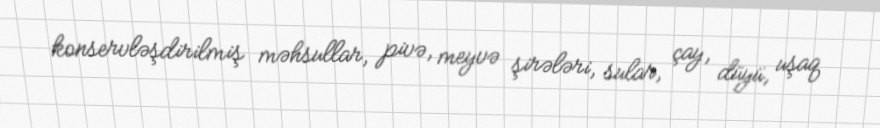
konservləşdirilmiş məhsullar, pivə, meyvə şirələri, sular, çay, düyü, uşaq